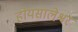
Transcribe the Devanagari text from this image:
होयसालेश्वर